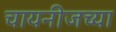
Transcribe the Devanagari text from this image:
चायनीजच्या